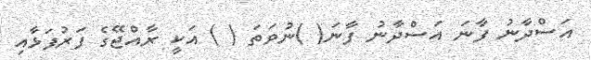
އަސްދާނު ފާނަ އަސްދާނު ފާނަ( )ނުވަތަ ( ) އަކީ ރާއްޖޭގެ ފަރުފަޅާއި